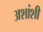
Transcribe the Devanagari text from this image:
अशांशी